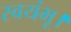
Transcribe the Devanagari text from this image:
स्वयंभू।